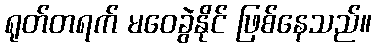
ရုတ်တရက် မဝေခွဲနိုင် ဖြစ်နေသည်။